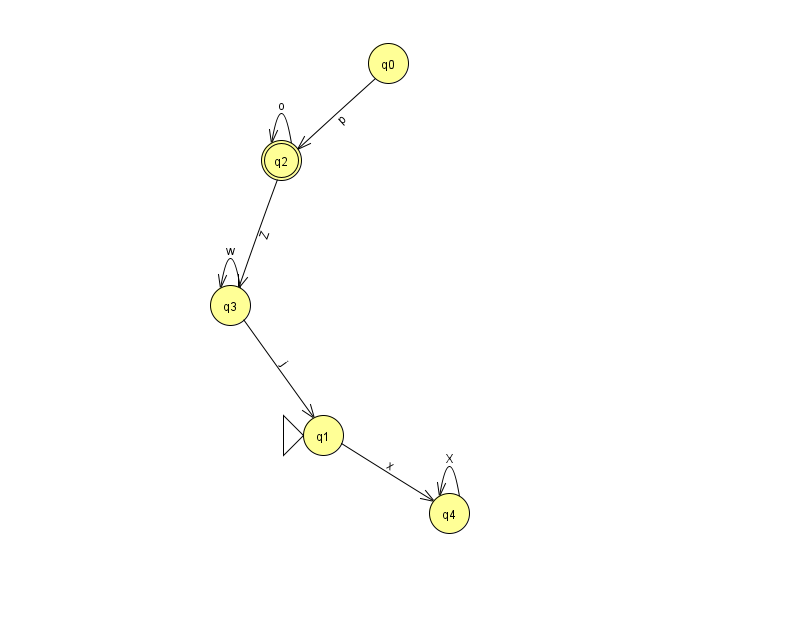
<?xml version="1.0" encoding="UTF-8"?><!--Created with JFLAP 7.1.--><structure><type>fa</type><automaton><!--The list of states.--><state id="0" name="q0"><x>388.0</x><y>50.0</y></state><state id="1" name="q1"><x>323.0</x><y>422.0</y><initial/></state><state id="2" name="q2"><x>281.0</x><y>147.0</y><final/></state><state id="3" name="q3"><x>230.0</x><y>292.0</y></state><state id="4" name="q4"><x>449.0</x><y>500.0</y></state><!--The list of transitions.--><transition><from>1</from><to>4</to><read>x</read></transition><transition><from>3</from><to>1</to><read>j</read></transition><transition><from>3</from><to>3</to><read>w</read></transition><transition><from>4</from><to>4</to><read>X</read></transition><transition><from>0</from><to>2</to><read>p</read></transition><transition><from>2</from><to>2</to><read>o</read></transition><transition><from>2</from><to>3</to><read>Z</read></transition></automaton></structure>